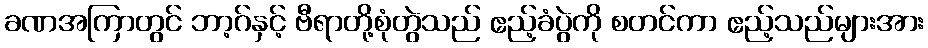
ခဏအကြာတွင် ဘာ့ဂ်နှင့် ဗီရာတို့စုံတွဲသည် ဧည့်ခံပွဲကို စတင်ကာ ဧည့်သည်များအား